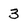
Character: 3